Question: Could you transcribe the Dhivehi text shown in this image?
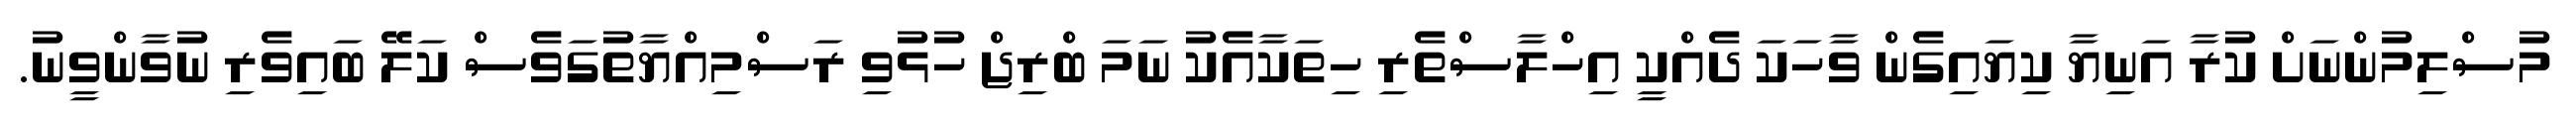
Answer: މުސްލިމުންނަށް ކުރާ އަނިޔާ ކިޔައިގެން ވާހަކަ ދެއްކީ އިހްލާސްތެރި ހިތަކާއެކު ނަމަ ބްރިޖް ހުޅުވި ރަސްމިއްޔާތުގަވެސް ކަލޭ ބައިވެރި ނުވާންވީނު.